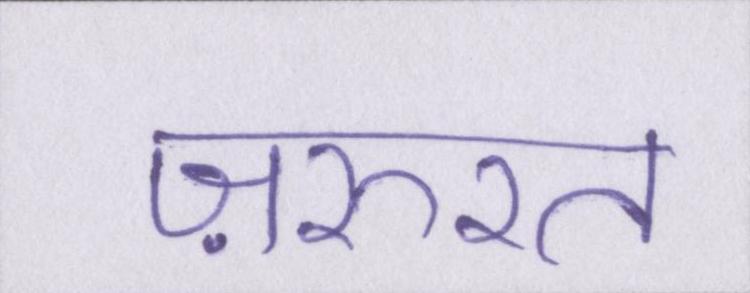
ज़रुरत